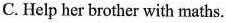
C. Help her brother with maths.